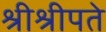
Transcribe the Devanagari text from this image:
श्रीश्रीपते